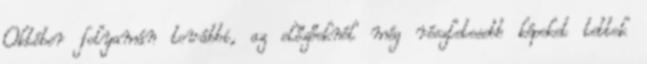
Október folyamán további, az előzőeknél még részletesebb képeket tettek